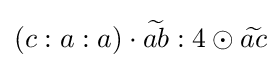
(c:a:a)\cdot {\widetilde {ab}}:4\odot {\widetilde {ac}}